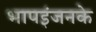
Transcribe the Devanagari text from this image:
भापइंजनके